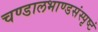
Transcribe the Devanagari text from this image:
चण्डालभाण्डसंस्पृष्टं